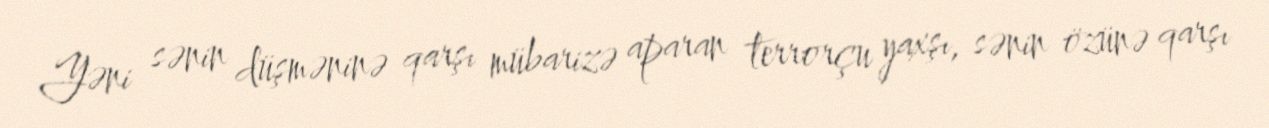
Yəni sənin düşməninə qarşı mübarizə aparan terrorçu yaxşı, sənin özünə qarşı